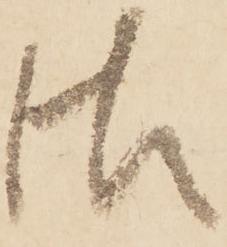
御